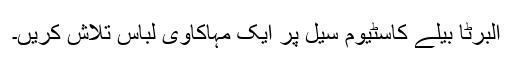
البرٹا بیلے کاسٹیوم سیل پر ایک مہاکاوی لباس تلاش کریں۔